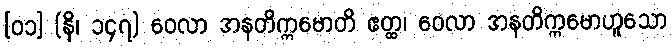
[၀၁] (နိ၊ ၁၄၇) ဝေလာ အနတိက္ကမောတိ ဧတ္ထ၊ ဝေလာ အနတိက္ကမောဟူသော